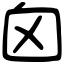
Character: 囟